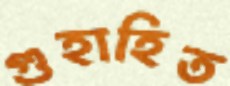
গুহাহিত